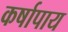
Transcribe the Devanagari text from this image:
कर्षापाय